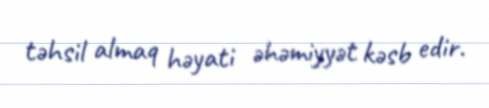
təhsil almaq həyati əhəmiyyət kəsb edir.